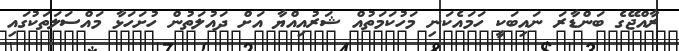
ރާއްޖޭގެ ބަންޑާރަ ނައިބަކީ ހަމައެކަނި މަހުކަމަތުއް ޝަރުއިއްޔާ އަށް ދައުލަތުން ހުށަހަޅާ މައްސަލަތަކުގައި